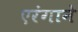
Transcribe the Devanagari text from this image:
एरंगाने